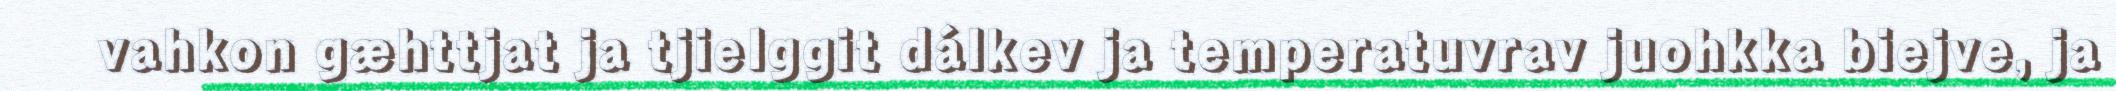
vahkon gæhttjat ja tjielggit dálkev ja temperatuvrav juohkka biejve, ja